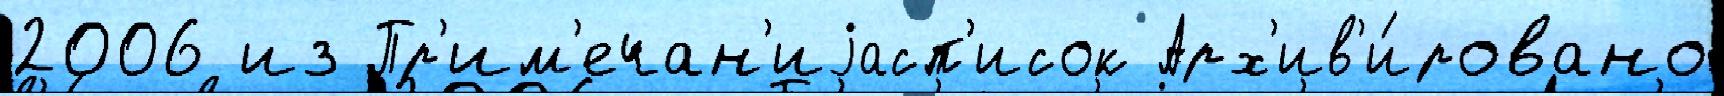
2006 из Пр'им'ечан'иjасп'исок Арх'ив'и́ровано